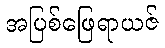
အပြစ်ဖြေရာယဇ်